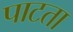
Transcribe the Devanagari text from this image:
पाटता